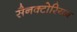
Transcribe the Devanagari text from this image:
सैनक्टोरियम